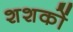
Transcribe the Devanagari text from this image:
शशकों